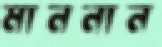
মাননান